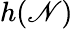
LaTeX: h(\mathscr{N})